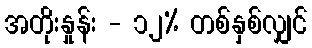
အတိုးနှုန်း - ၁၂% တစ်နှစ်လျှင်